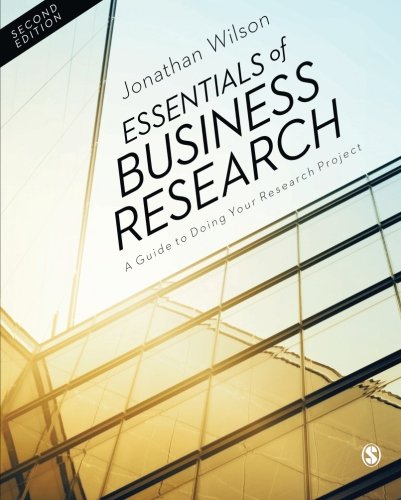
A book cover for Essentials of Business Research: A Guide to Doing Your Research Project; Jonathan Wilson; Business & Money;